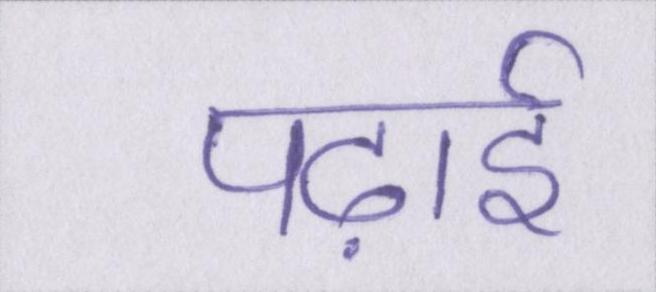
पढ़ाई